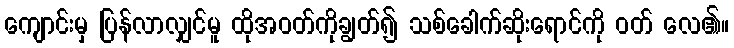
ကျောင်းမှ ပြန်လာလျှင်မူ ထိုအဝတ်ကိုချွတ်၍ သစ်ခေါက်ဆိုးရောင်ကို ဝတ် လေ၏။